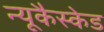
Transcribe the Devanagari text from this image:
न्यूकैस्केड